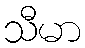
သီမာ